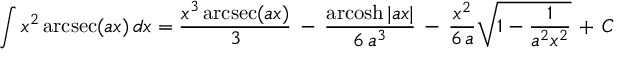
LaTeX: \int x ^ { 2 } \operatorname { a r c s e c } ( a x ) \, d x = { \frac { x ^ { 3 } \operatorname { a r c s e c } ( a x ) } { 3 } } \, - \, { \frac { \operatorname { a r c o s h } | a x | } { 6 \, a ^ { 3 } } } \, - \, { \frac { x ^ { 2 } } { 6 \, a } } { \sqrt { 1 - { \frac { 1 } { a ^ { 2 } x ^ { 2 } } } } } \, + \, C